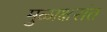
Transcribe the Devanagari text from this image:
मुळाक्षरांत